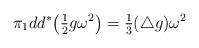
LaTeX: \begin{align*}\pi_1 dd^\ast \bigl( \tfrac{1}{2}g\omega^2\bigr) = \tfrac{1}{3}(\triangle g)\omega^2\end{align*}